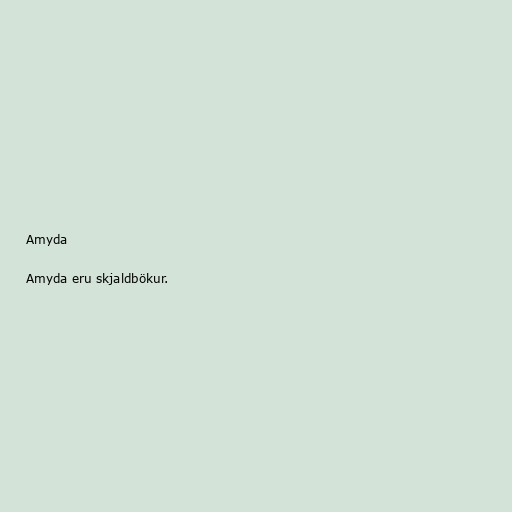
Amyda

Amyda eru skjaldbökur.